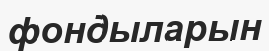
фондыларын